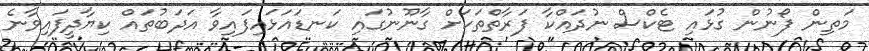
މަތިން ފޯނުން ގުޅައި ޓެކްސް ނުދައްކާ ފަރާތްތަކަށް ގާނޫނުގައި ކަނޑައަޅައިފައިވާ އަދަބުތައް ކިޔާދީފައިވާނެ